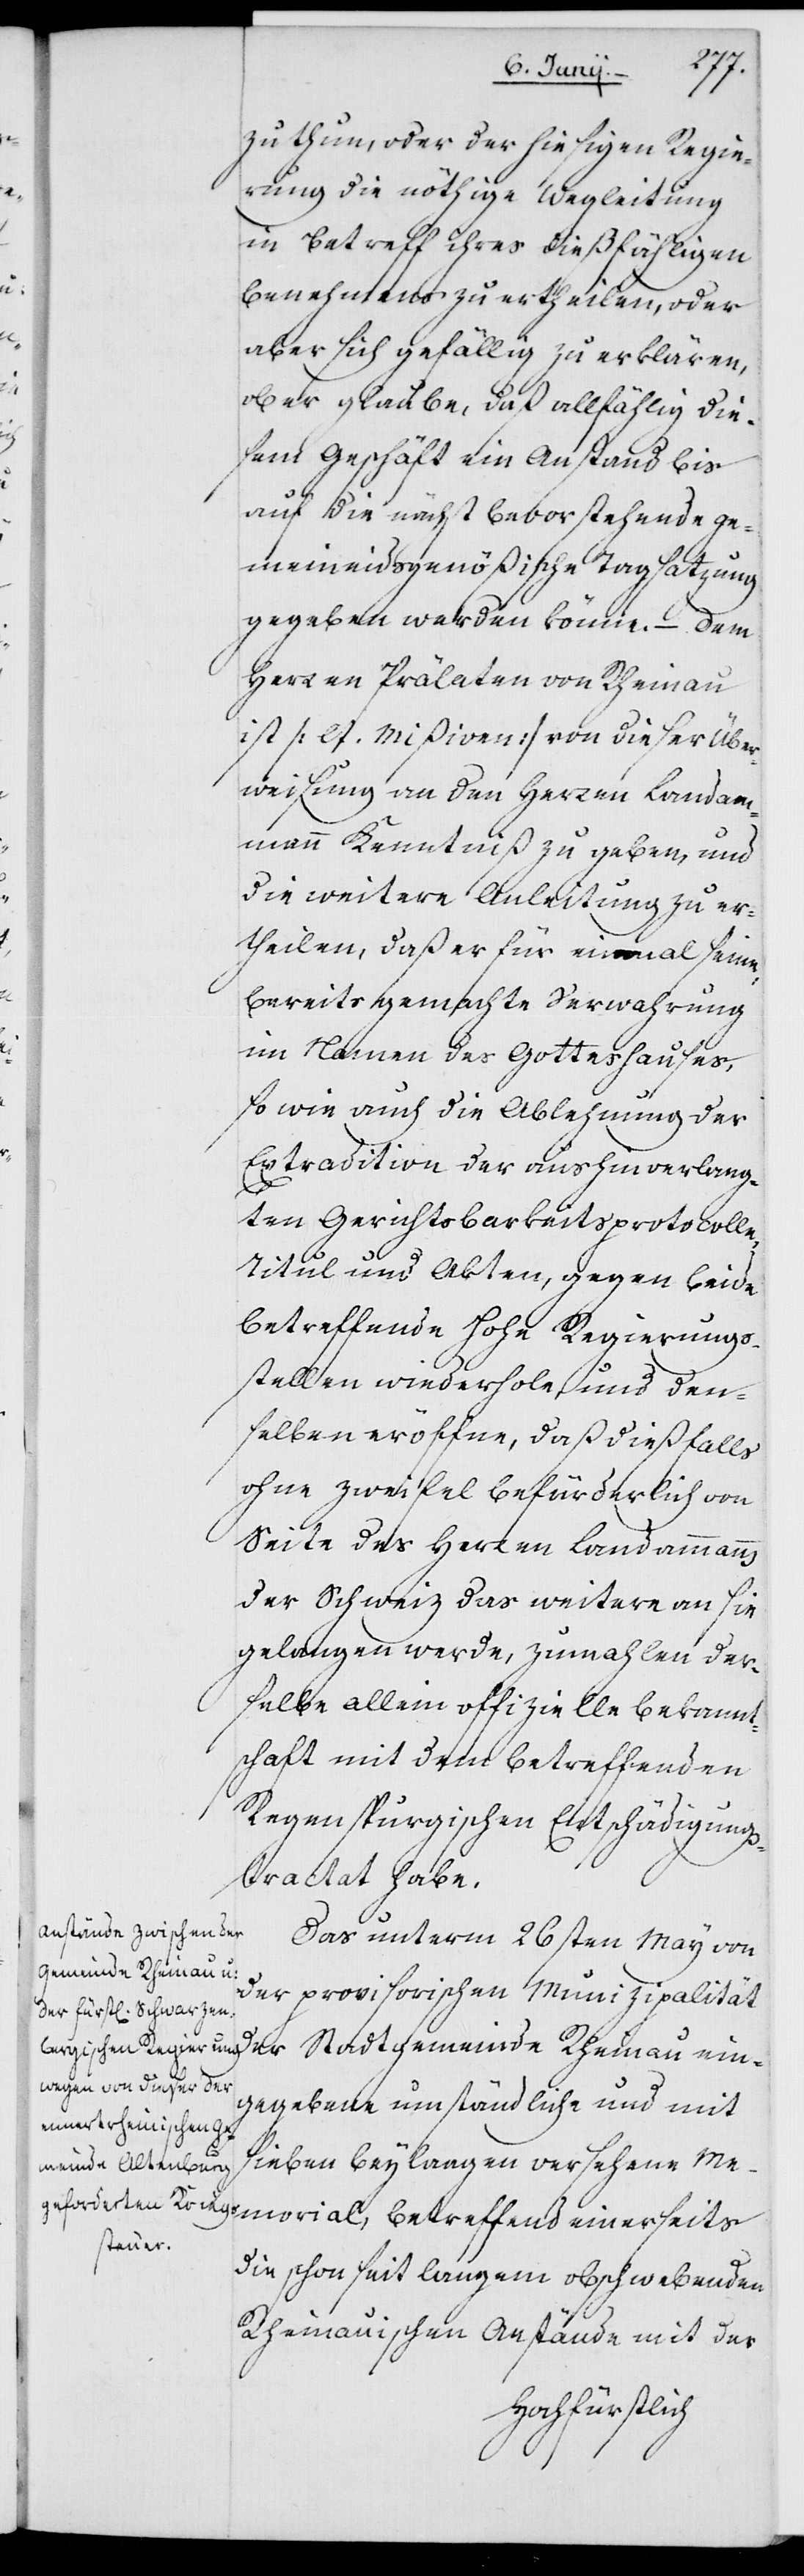
zu thun, oder der hiesigen Regie¬
rung die nöthige Wegleitung
in Betreff ihres dießfälligen
Benehmens zu ertheilen, oder
aber sich gefällig zu erklären,
ob er glaube, daß allfählig die¬
sem Geschäft ein Anstand bis
auf die nächst bevorstehende ge¬
meineidsgenößische Tagsatzung
gegeben werden könne. – Dem
Herren Prälaten von Rheinau
ist (lt. Mißiven) von dieser Über¬
weisung an den Herren Landam¬
mann Kenntniß zu geben, und
die weitere Anleitung zu er¬
theilen, daß er für einmal seine
bereits gemachte Verwahrung
im Namen des Gotteshauses,
so wie auch die Ablehnung der
Extradition der aushin verlang¬
ten Gerichtsbarkeitsprotocolle,
Titul und Akten, gegen beyde
betreffende Hohe Regierungs¬
stellen wiederhole, und den¬
selben eröffne, daß dießfalls
ohne Zweifel befürderlich von
Seite des Herren Landammanns
der Schweiz das weitere an sie
gelangen werde, zumahlen der¬
selbe allein offizielle Bekannt¬
schaft mit dem betreffenden
Regenspurgischen Entschädigung¬
stractat habe.
Das unterm 26sten May von
gemeinde Rheinau ein¬
der provisorischen Munizipalität
gegebene umständliche und mit
sieben Beylaagen versehene Me¬
morial, betreffend einerseits
Stadt¬
die schon seit langem obschwebenden
Rheinauischen Anstände mit der